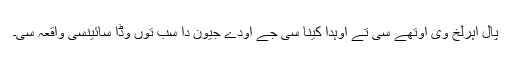
پال اہرلخ وی اوتھے سی تے اوہدا کینا سی جے اودے جیون دا سب توں وڈا سائینسی واقعہ سی۔